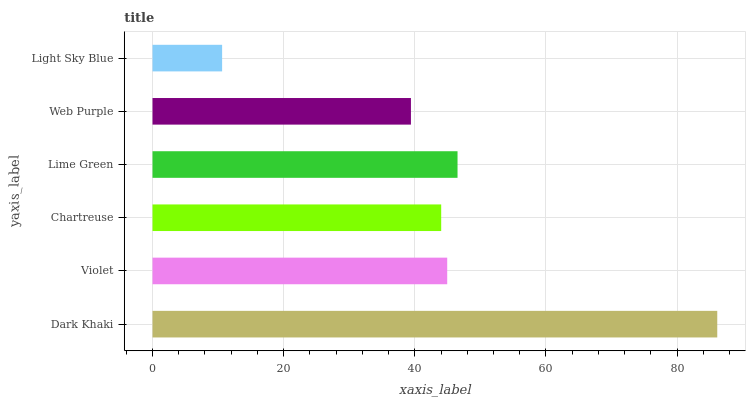
| yaxis_label | bars |
 | --- | --- |
 | Dark Khaki | 86.1 |
 | Violet | 44.9 |
 | Chartreuse | 44 |
 | Lime Green | 46.5 |
 | Web Purple | 39.4 |
 | Light Sky Blue | 10.6 |